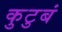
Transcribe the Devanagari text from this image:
कुटुबं